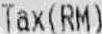
TAX(RM)